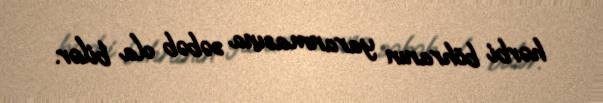
hərbi böhranın yaranmasına səbəb ola bilər.